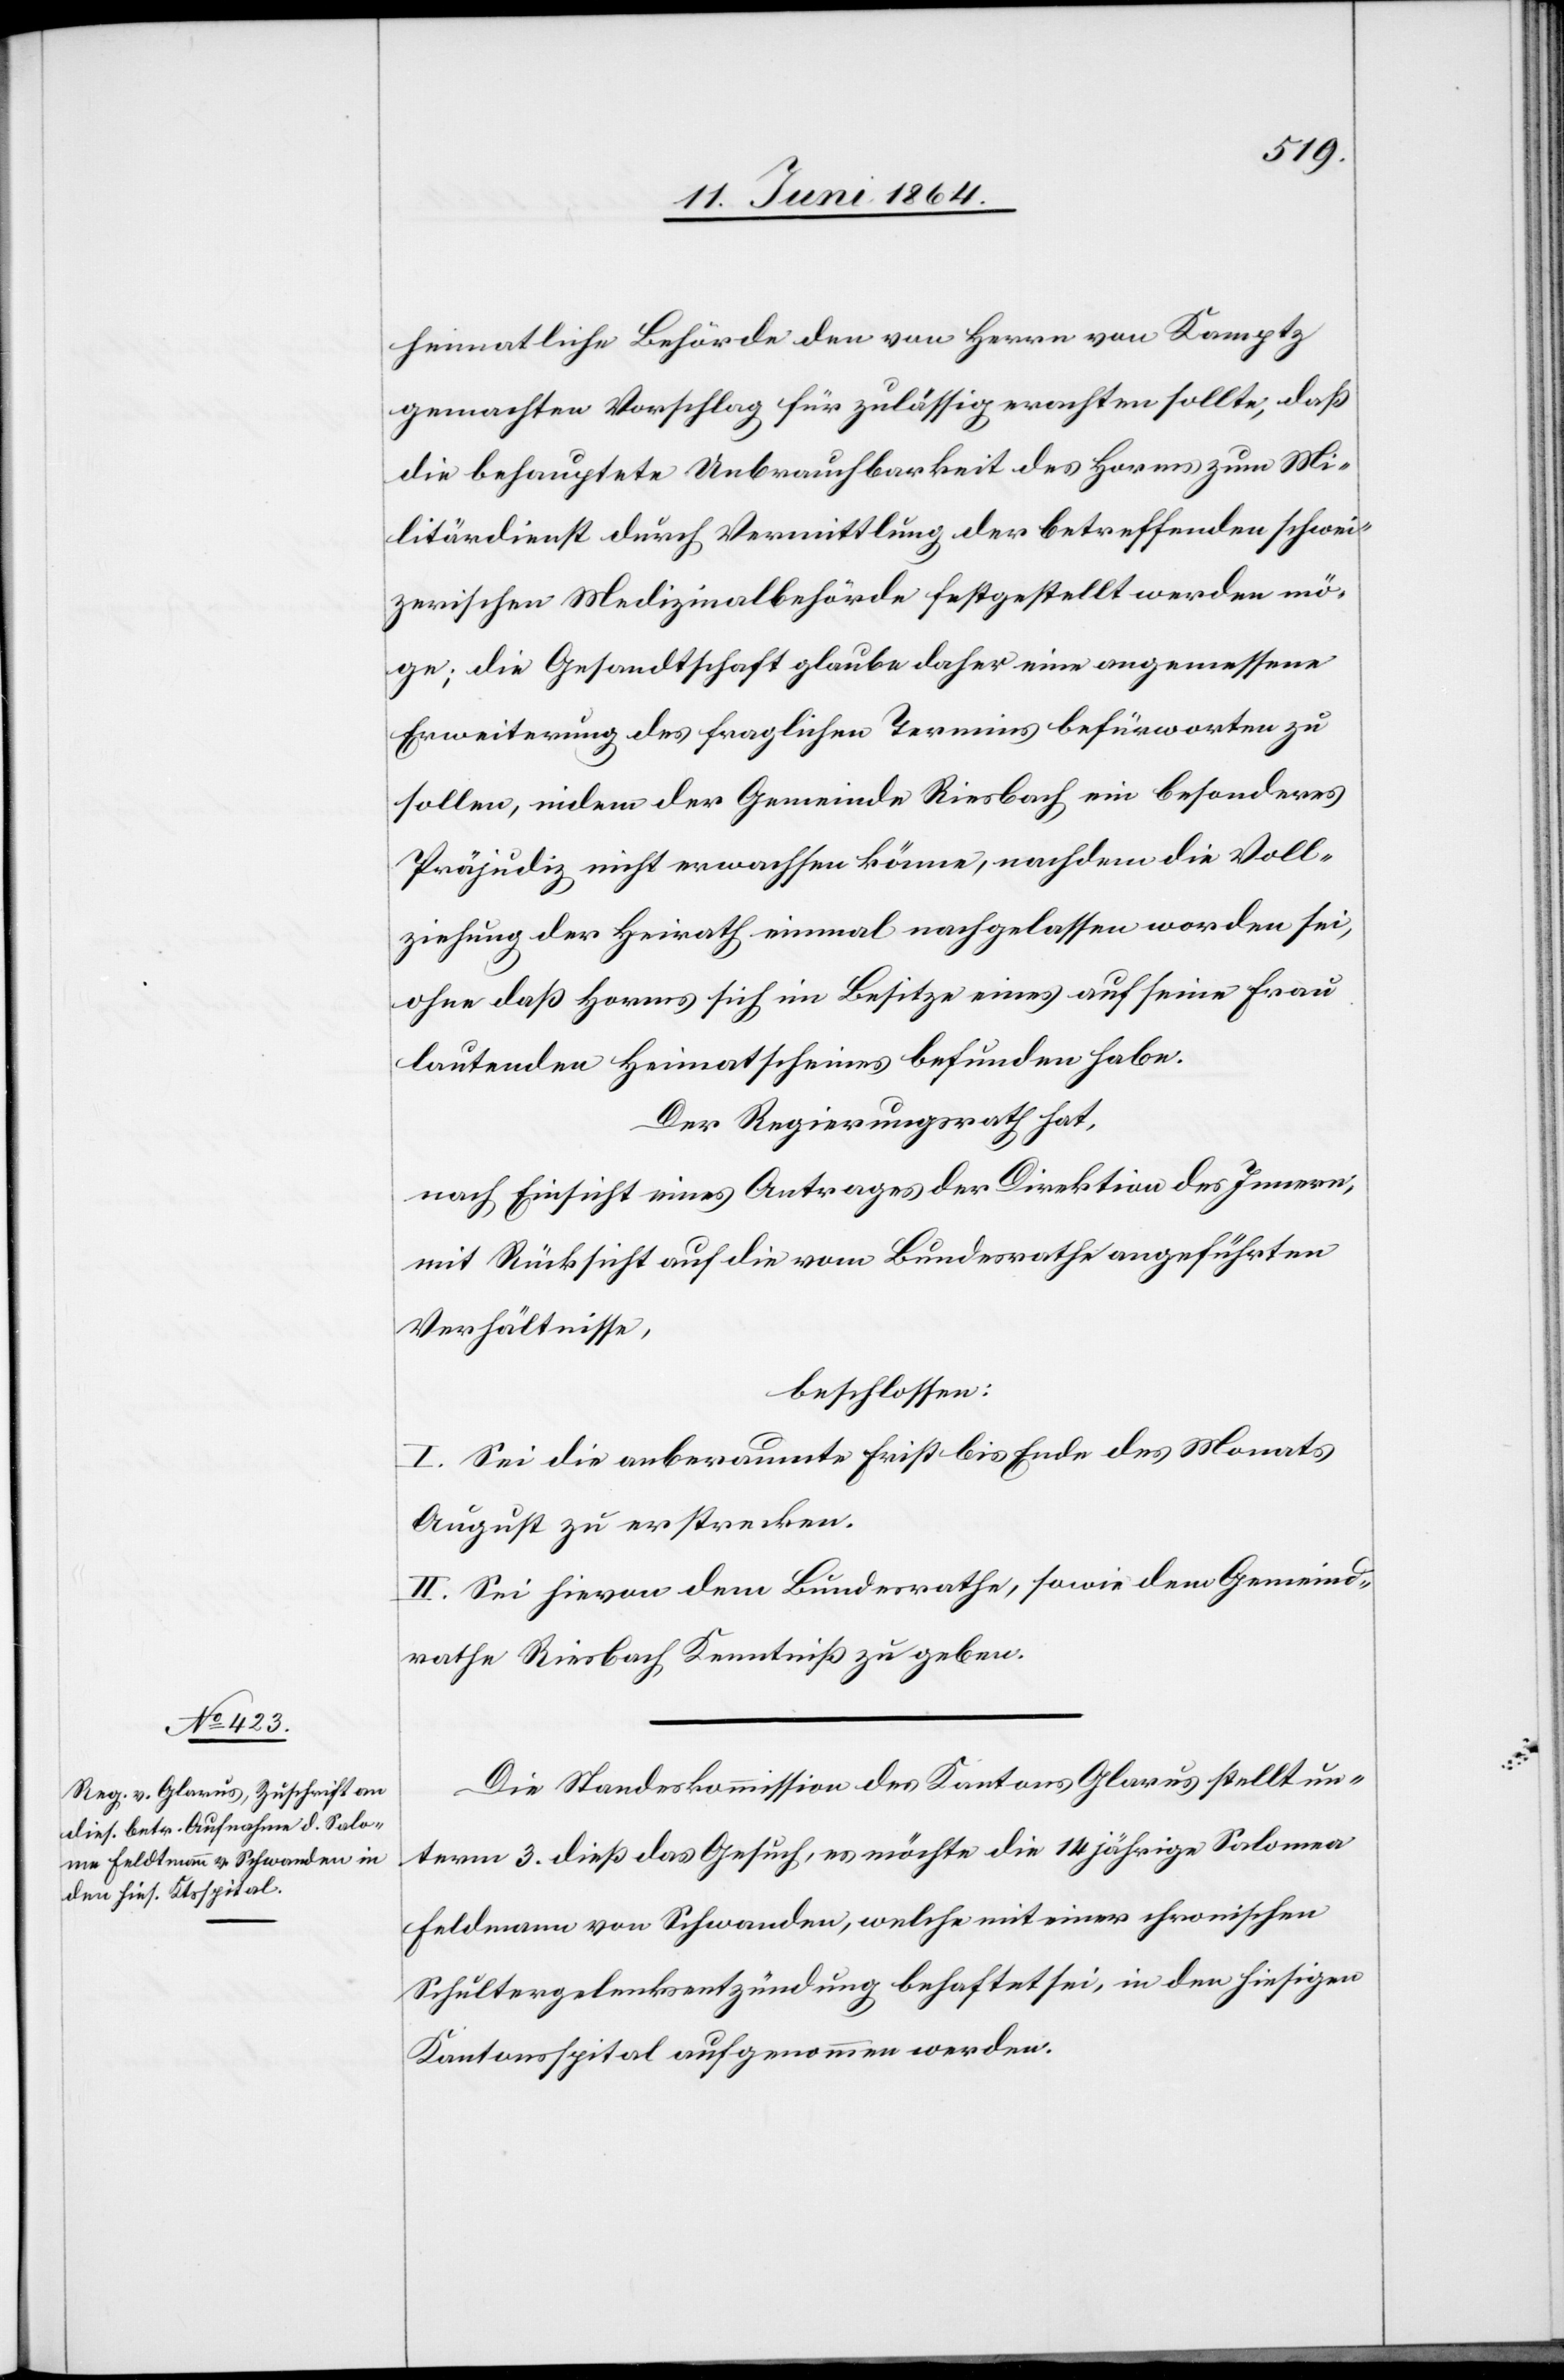
heimatliche Behörde den von Herrn von Kamptz
gemachten Vorschlag für zulässig erachten sollte, daß
die behauptete Unbrauchbarkeit des Horms zum Mi¬
litärdienst durch Vermittlung der betreffenden schwei¬
zerischen Medizinalbehörde festgestellt werden mö¬
ge; die Gesandtschaft glaube daher eine angemessene
Erweiterung des fraglichen Termins befürworten zu
sollen, indem der Gemeinde Riesbach ein besonderes
Präjudiz nicht erwachsen könne, nachdem die Voll¬
ziehung der Heirath einmal nachgelassen worden sei,
ohne daß Horms sich im Besitze eines auf seine Frau
lautenden Heimatscheines befunden habe.
Der Regierungsrath hat,
nach Einsicht eines Antrages der Direktion des Innern,
mit Rücksicht auf die vom Bundesrathe angeführten
Verhältnisse,
beschlossen:
I. Sei die anberaumte Frist bis Ende des Monats
August zu erstrecken.
II. Sei hievon dem Bundesrathe, sowie dem Gemeind¬
rathe Riesbach Kenntniß zu geben.
Die Standeskommission des Kantons Glarus stellt un¬
term 3. dieß das Gesuch, es möchte die 14 jährige Salomea
Feldmann [sic!] von Schwanden, welche mit einer chronischen
Schultergelenksentzündung behaftet sei, in den hiesigen
Kantonsspital aufgenommen werden.